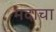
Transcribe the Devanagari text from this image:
मदाचा